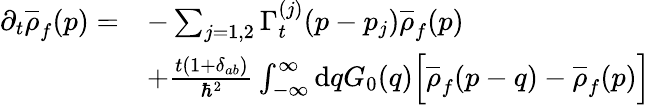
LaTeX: \begin{array}{rl}{\partial_{t}\overline{{\rho}}_{f}(p)=}&{-\sum_{j=1,2}\Gamma_{t}^{(j)}(p-p_{j})\overline{{\rho}}_{f}(p)}\\ &{+\frac{t(1+\delta_{ab})}{\hbar^{2}}\int_{-\infty}^{\infty}\mathrm{d}qG_{0}(q)\Big[\overline{{\rho}}_{f}(p-q)-\overline{{\rho}}_{f}(p)\Big]}\end{array}